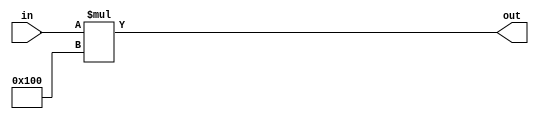
module mult256(in,out);
	input [31:0] in;
	output [31:0] out;
	assign out = in * 32'd256;
endmodule